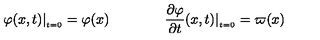
\varphi ( x , t ) | _ { _ { t = 0 } } = \varphi ( x ) \qquad \qquad \frac { \partial \varphi } { \partial t } ( x , t ) | _ { _ { t = 0 } } = \varpi ( x )